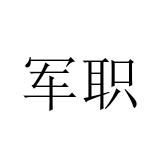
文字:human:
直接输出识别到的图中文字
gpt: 军职